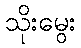
သိုးမွေး